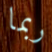
ربما